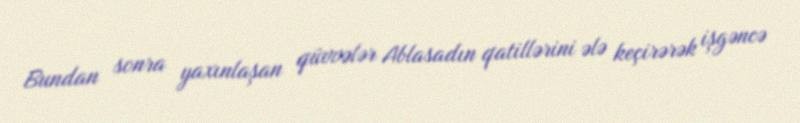
Bundan sonra yaxınlaşan qüvvələr Ablasadın qatillərini ələ keçirərək işgəncə